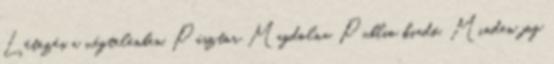
Létezés a végtelenben. Pásztor Magdolna. Publio kiadó. Minden jog